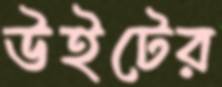
উইটের